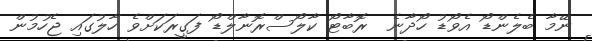
ނޭމާ ބެލެންޑޯ އެވޯޑު ހޯދާނެ  ރޮބާޓޯ ކާލޯސްރޮނާލްޑޯ ފަގީރަކަށްވެ ހާލުގައި ޖެހުމުން